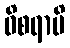
ဝိစရာမိ